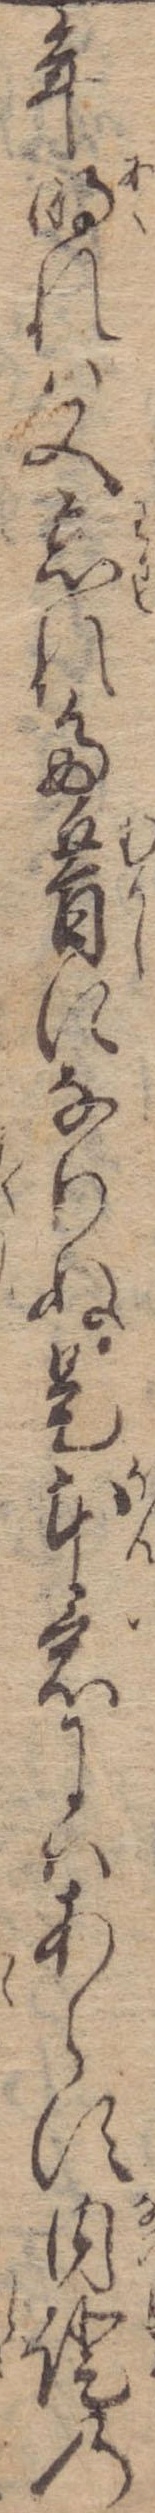
年明れは又忘れた昔になりぬ是本意にはあらす内証の